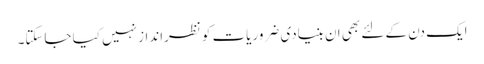
ایک دن کے لئے بھی ان بنیادی ضروریات کو نظرانداز نہیں کیا جاسکتا۔